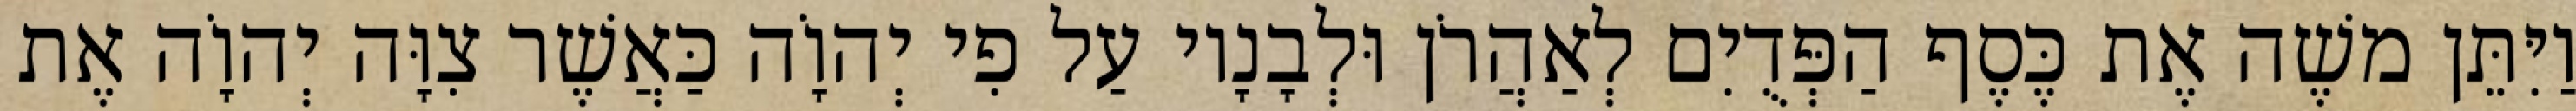
וַיִּתֵּן משֶׁה אֶת כֶּסֶף הַפְּדֻיִם לְאַהֲרֹן וּלְבָנָיו עַל פִי יְהוָֹה כַּאֲשֶׁר צִוָּה יְהוָֹה אֶת